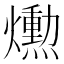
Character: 𤑛